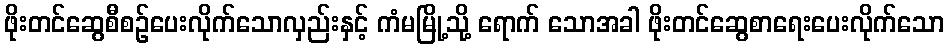
ဖိုးတင်ဆွေစီစဉ်ပေးလိုက်သောလှည်းနှင့် ကံမမြို့သို့ ရောက် သောအခါ ဖိုးတင်ဆွေစာရေးပေးလိုက်သော